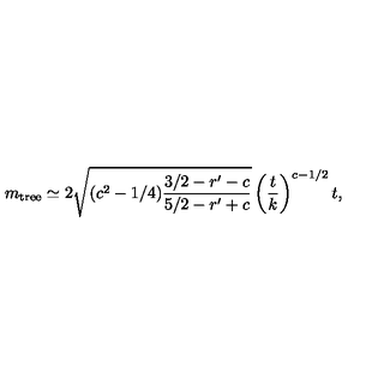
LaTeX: m _ { \mathrm { t r e e } } \simeq 2 \sqrt { ( c ^ { 2 } - 1 / 4 ) \frac { 3 / 2 - r ^ { \prime } - c } { 5 / 2 - r ^ { \prime } + c } } \left( \frac { t } { k } \right) ^ { c - 1 / 2 } t ,